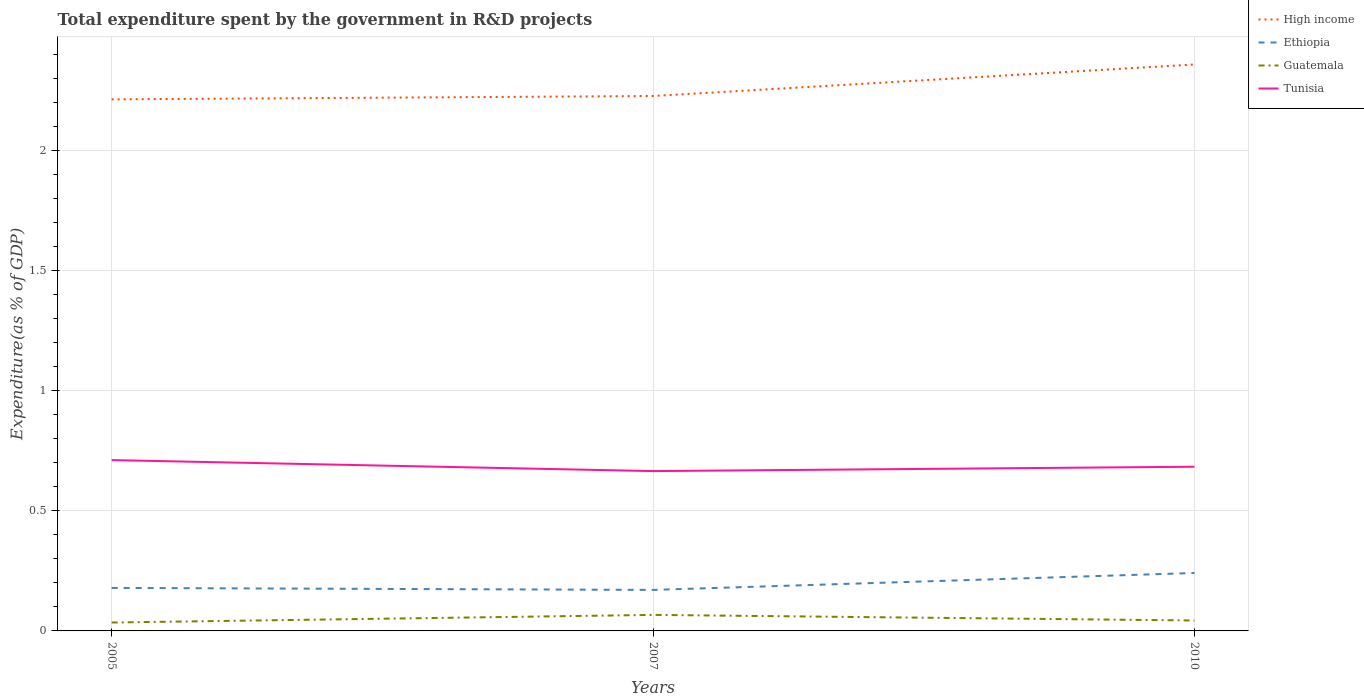
| Years | High income | Ethiopia | Guatemala | Tunisia |
 | --- | --- | --- | --- | --- |
 | 2005 | 2.21 | 0.179 | 0.035 | 0.712 |
 | 2007 | 2.23 | 0.171 | 0.0667 | 0.666 |
 | 2010 | 2.36 | 0.241 | 0.0435 | 0.684 |